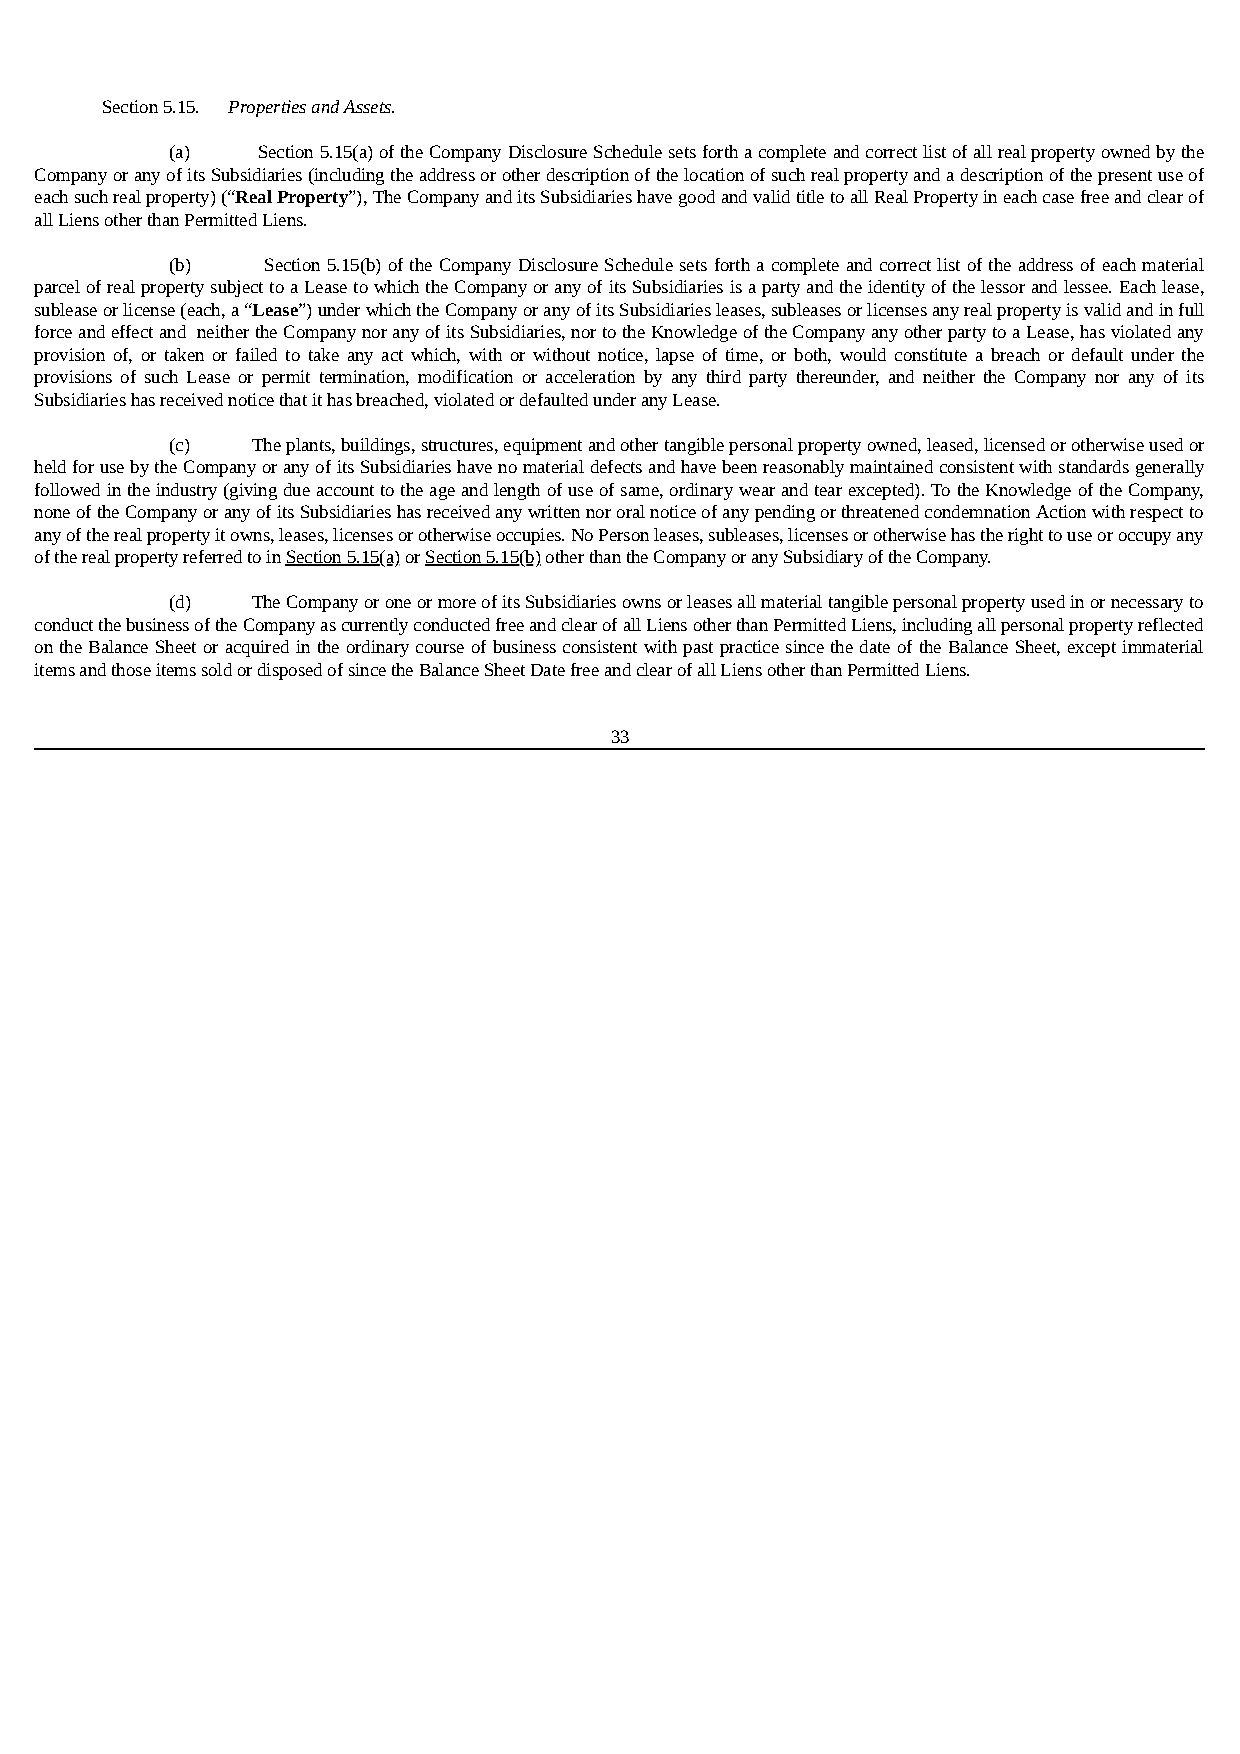
Section 5.15. Properties and Assets.
 (a)   Section 5.15(a) of the Company Disclosure Schedule sets forth a complete and correct list of all real property owned by the
 Company or any of its Subsidiaries (including the address or other description of the location of such real property and a description of the present use of
 each such real property) (“Real Property”), The Company and its Subsidiaries have good and valid title to all Real Property in each case free and clear of
 all Liens other than Permitted Liens.
 (b)   Section 5.15(b) of the Company Disclosure Schedule sets forth a complete and correct list of the address of each material
 parcel of real property subject to a Lease to which the Company or any of its Subsidiaries is a party and the identity of the lessor and lessee. Each lease,
 sublease or license (each, a “Lease”) under which the Company or any of its Subsidiaries leases, subleases or licenses any real property is valid and in full
 force and effect and neither the Company nor any of its Subsidiaries, nor to the Knowledge of the Company any other party to a Lease, has violated any
 provision of, or taken or failed to take any act which, with or without notice, lapse of time, or both, would constitute a breach or default under the
 provisions of such Lease or permit termination, modification or acceleration by any third party thereunder, and neither the Company nor any of its
 Subsidiaries has received notice that it has breached, violated or defaulted under any Lease.
 (c)   The plants, buildings, structures, equipment and other tangible personal property owned, leased, licensed or otherwise used or
 held for use by the Company or any of its Subsidiaries have no material defects and have been reasonably maintained consistent with standards generally
 followed in the industry (giving due account to the age and length of use of same, ordinary wear and tear excepted). To the Knowledge of the Company,
 none of the Company or any of its Subsidiaries has received any written nor oral notice of any pending or threatened condemnation Action with respect to
 any of the real property it owns, leases, licenses or otherwise occupies. No Person leases, subleases, licenses or otherwise has the right to use or occupy any
 of the real property referred to in Section 5.15(a) or Section 5.15(b) other than the Company or any Subsidiary of the Company.
 (d)   The Company or one or more of its Subsidiaries owns or leases all material tangible personal property used in or necessary to
 conduct the business of the Company as currently conducted free and clear of all Liens other than Permitted Liens, including all personal property reflected
 on the Balance Sheet or acquired in the ordinary course of business consistent with past practice since the date of the Balance Sheet, except immaterial
 items and those items sold or disposed of since the Balance Sheet Date free and clear of all Liens other than Permitted Liens.
 33